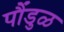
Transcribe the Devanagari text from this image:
पौंडुळ